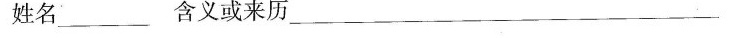
姓名______含义或来历_______________________________________